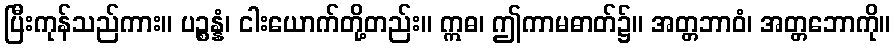
ပြီးကုန်သည်ကား။ ပဉ္စန္နံ၊ ငါးယောက်တို့တည်း။ ဣဓ၊ ဤကာမဓာတ်၌။ အတ္တဘာဝံ၊ အတ္တဘောကို။